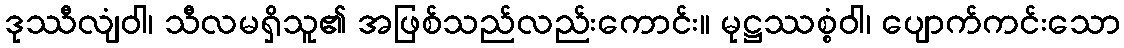
ဒုဿီလျံဝါ၊ သီလမရှိသူ၏ အဖြစ်သည်လည်းကောင်း။ မုဋ္ဌဿစ္စံဝါ၊ ပျောက်ကင်းသော